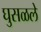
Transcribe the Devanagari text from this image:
घुसळले